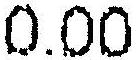
0.00